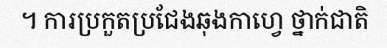
។ ការប្រកួតប្រជែងឆុងកាហ្វេ ថ្នាក់ជាតិ